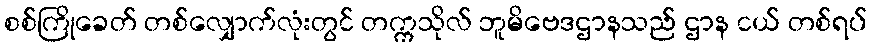
စစ်ကြိုခေတ် တစ်လျှောက်လုံးတွင် တက္ကသိုလ် ဘူမိဗေဒဌာနသည် ဌာန ငယ် တစ်ရပ်